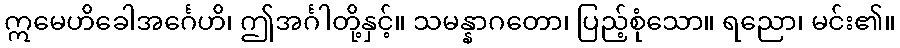
ဣမေဟိခေါအင်္ဂေဟိ၊ ဤအင်္ဂါတို့နှင့်။ သမန္နာဂတော၊ ပြည့်စုံသော။ ရညော၊ မင်း၏။